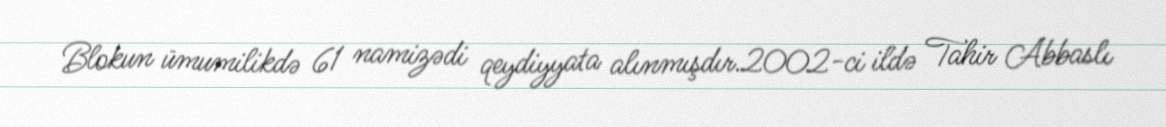
Blokun ümumilikdə 61 namizədi qeydiyyata alınmışdır.2002-ci ildə Tahir Abbaslı